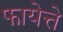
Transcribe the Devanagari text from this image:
फायेत्ते